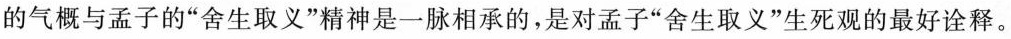
的气概与孟子的”舍生取义”精神是一脉相承的，是对孟子”舍生取义”生死观的最好诠释。